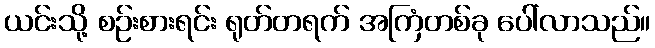
ယင်းသို့ စဉ်းစားရင်း ရုတ်တရက် အကြံတစ်ခု ပေါ်လာသည်။